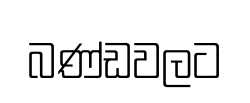
බණ්ඩවලට